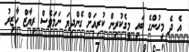
އެ ދެ މީހުންގެ ބައި މީގެކުރިން ކުރިއަށް ގެންދިޔަ ނަމަވެސް ރިޔާޒް ހާޒިރު